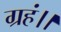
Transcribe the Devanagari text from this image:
ग्रहं।।